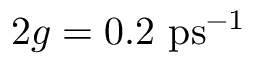
2 g = 0 . 2 \ \mathrm { p s } ^ { - 1 }